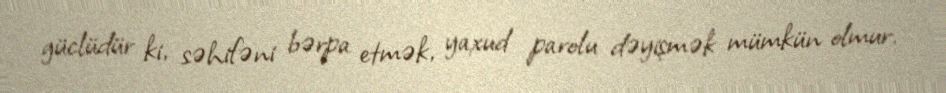
güclüdür ki, səhifəni bərpa etmək, yaxud parolu dəyişmək mümkün olmur.